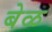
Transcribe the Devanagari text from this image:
बेळ